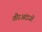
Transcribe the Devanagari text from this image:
तीरअंदाजों